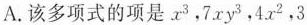
A.该多项式的项是x^{3}，7xy^{3}，4x^{2}，3